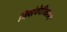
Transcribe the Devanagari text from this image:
विसंवेदीकरण